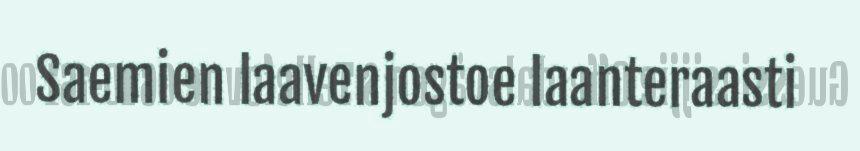
Saemien laavenjostoe laanteraasti